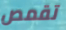
تقمص